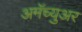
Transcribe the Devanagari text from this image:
अमॅच्युअर